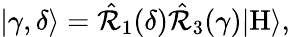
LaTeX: \begin{array}{r}{|\gamma,\delta\rangle=\hat{\mathcal{R}}_{1}(\delta)\hat{\mathcal{R}}_{3}(\gamma)|\mathrm{H}\rangle,}\end{array}